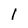
Character: 1